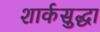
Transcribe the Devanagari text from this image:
शार्कसुद्धा